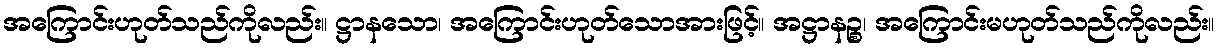
အကြောင်းဟုတ်သည်ကိုလည်း။ ဋ္ဌာနသော၊ အကြောင်းဟုတ်သောအားဖြင့်။ အဋ္ဌာနဉ္စ၊ အကြောင်းမဟုတ်သည်ကိုလည်း။